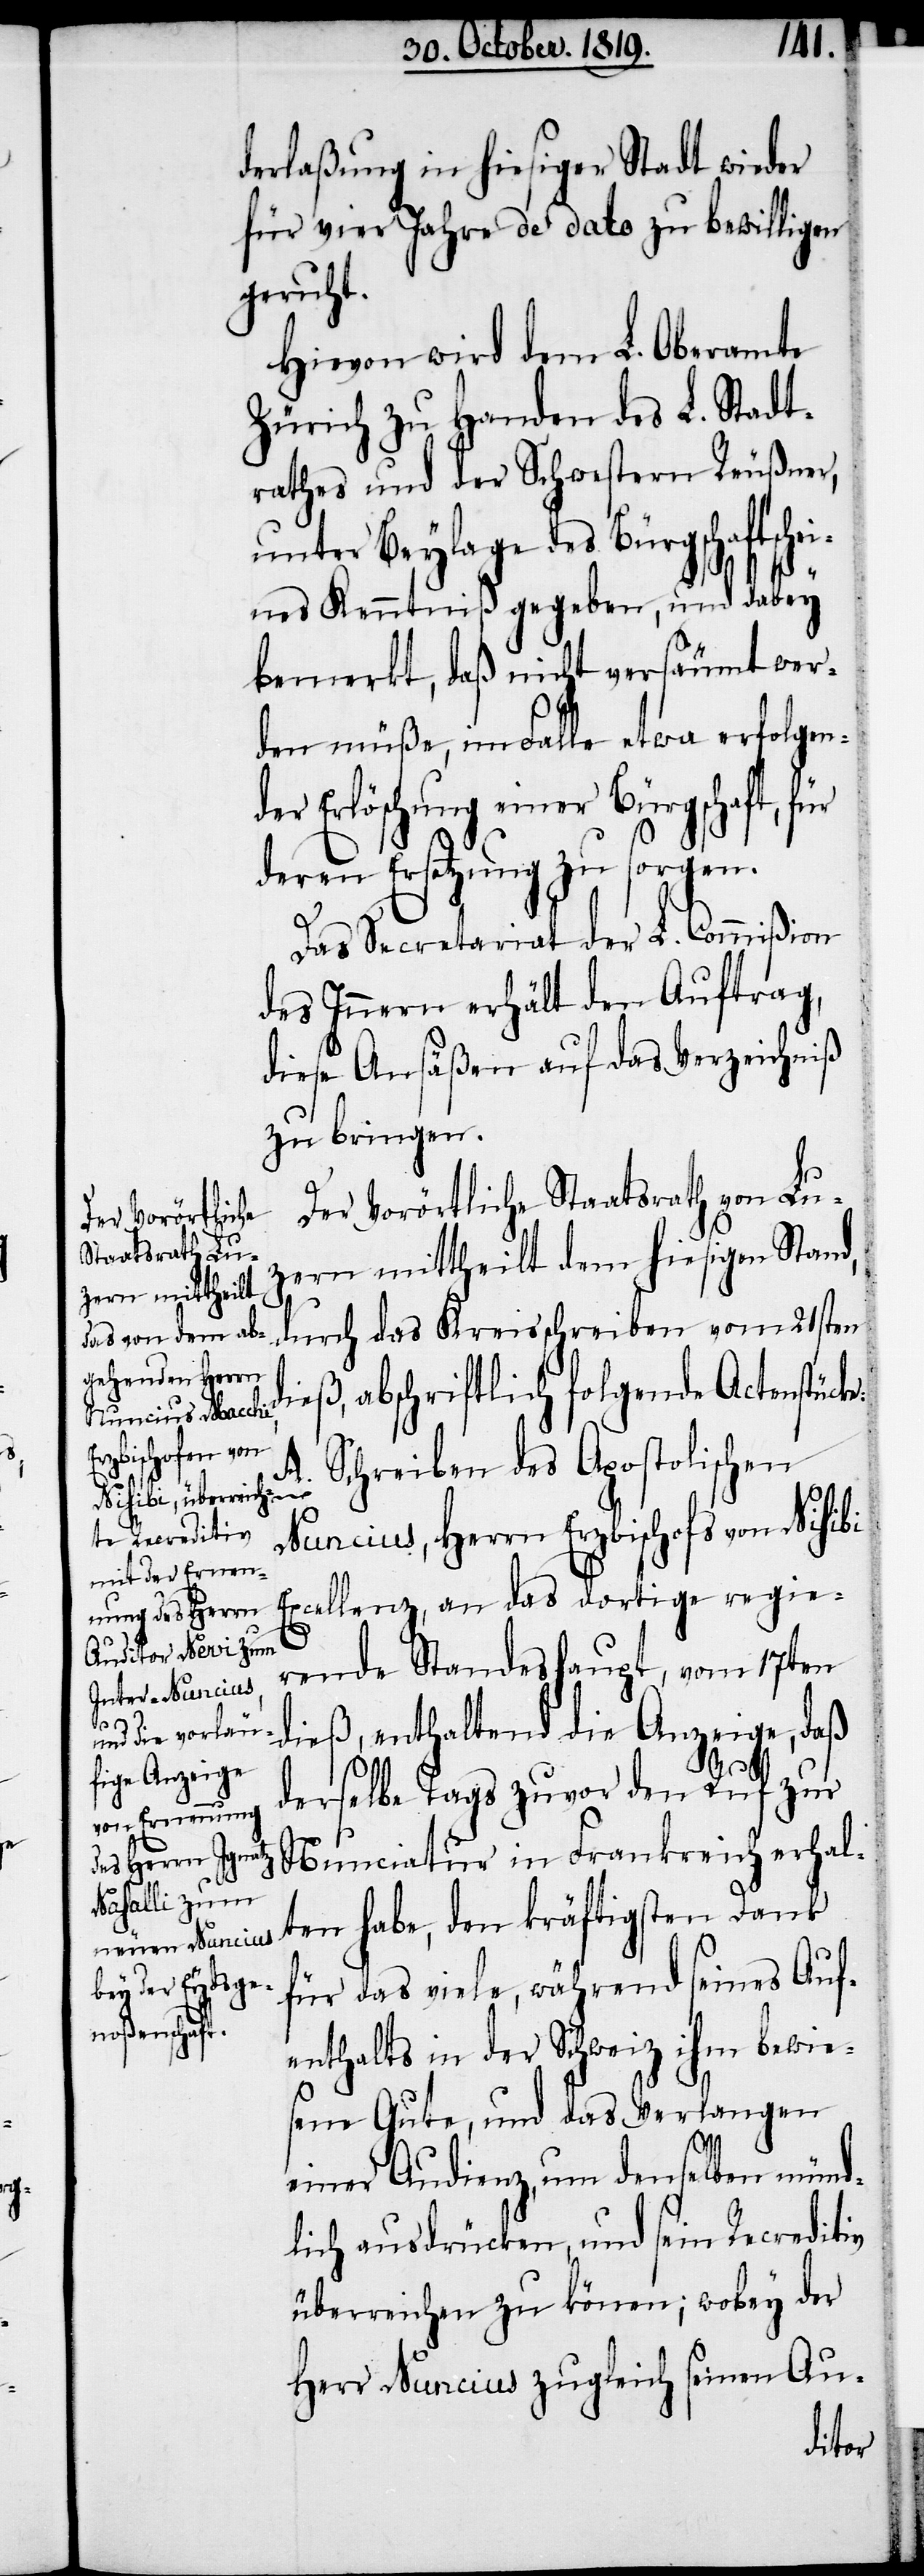
derlaßung in hiesiger Stadt wieder
für vier Jahre de dato zu bewilligen
geruht.
Hievon wird dem L. Oberamte
Zürich zu Handen des L. Stadt¬
rathes und der Schwestern Reußner,
unter Beylage des Bürgschaftsch¬
eines Kenntniß gegeben, und dabey
bemerkt, daß nicht versäumt wer¬
den müße, im Falle etwa erfolgen¬
der Erlöschung einer Bürgschaft, für
deren Ersetzung zu sorgen.
Das Secretariat der L. Commißion
des Innern erhält den Auftrag,
diese Ansäßen auf das Verzeichniß
zu bringen.
Der Vorörtliche Staatsrath von Lu¬
zern mittheilt dem hiesigen Stand,
durch das Kreisschreiben vom 21sten
ieß, abschriftlich folgende Actenstück¬
Schreiben des Apostolischen
A.
Nuncius, Herrn Erzbischof von Nisibi
Excellenz, an das dortige regie¬
rende Standeshaupt, vom 17ten
dieß, enthaltend die Anzeige, daß
derselbe Tags zuvor den Ruf zur
Nunciatur in Frankreich erhal¬
ten habe, den kräftigsten Dank
für das viele, während seines Auf¬
enthalts in der Schweiz ihm bewie¬
sene Gute, und das Verlangen
einer Audienz, um denselben münd¬
lich ausdrücken, und sein Recreditiv
überreichen zu können; wobey der
Herr Nuncius zugleich seinen Au-